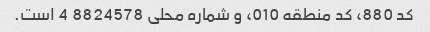
کد 880، کد منطقه 010، و شماره محلی 8824578 4 است.